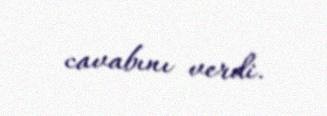
cavabını verdi.